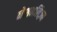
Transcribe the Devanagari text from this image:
नेशनलिज़्म